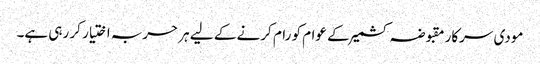
مودی سرکار مقبوضہ کشمیر کے عوام کو رام کرنے کے لیے ہر حربہ اختیار کر رہی ہے۔